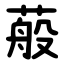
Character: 蒰